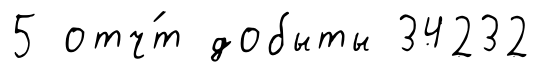
5 отч́т добыты 34232